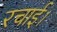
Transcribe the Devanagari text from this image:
रचाई।